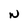
Character: N